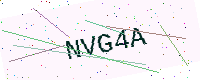
Text: NVG4A